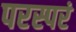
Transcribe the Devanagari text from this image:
परस्परं